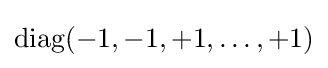
\mathrm {diag} (-1,-1,+1,\ldots ,+1)